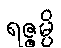
ရဇ္ဇမ္ပိ